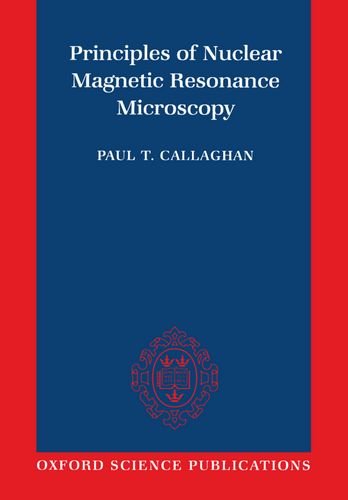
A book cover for Principles of Nuclear Magnetic Resonance Microscopy; Paul Callaghan; Science & Math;